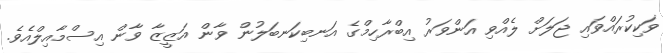
ވަކިކުރައްވައި ޖަލަށް ލެއްވި އަންވަރު އިބްރާހިމްގެ އަނބިކަނބަލުން ވާން އަޒީޒާ ވާން އިސްމާއިލްއެވެ.